Vital statistics of India. Vol. V, Reports of 1876 on armies & jails and on epidemic cholera
Year: 1876
Disease focus: Cholera
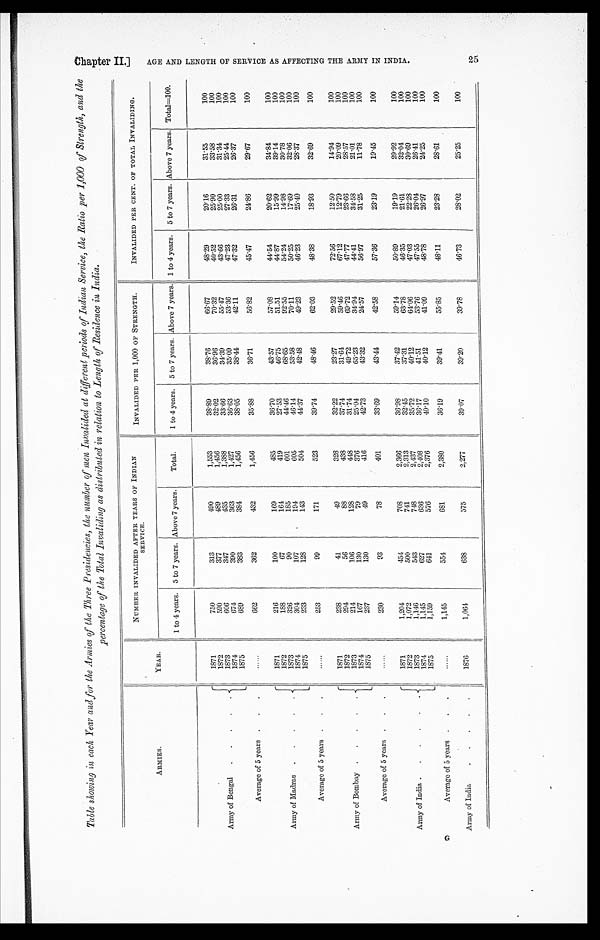
Table showing in each Year and for the Armies of the Three Presidencies, the number of men Invalided at different periods of Indian Service, the Ratio per 1,000 of Strength, and the
percentage of the Total Invaliding as distributed in relation to Length of Residence in India.
ARMIES.
YEAR.
NUMBER INVALIDED AFTER YEARS OF INDIAN
SERVICE.
INVALIDED PER 1,000 OF STRENGTH.
INVALIDED PER CENT. OF TOTAL INVALIDING.
1 to 4 years. 5 to 7 years. Above 7 years.
Total.
1 to 4 years. 5 to 7 years. Above 7 years. 1 to 4 years. 5 to 7 years. Above 7 years.
T o t a l = 1 0 0 .
Army of Bengal . . .
1871
750
313
490
1,553
38.89
38.76
66.67
48.29
20.16
31.55
100
1872
590
377
489
1,456
32.02
36.96
70.32
40.52
25.90
33.58
100
1873
606
347
435
1,388
33.66
34.39
55.47
43.66
25.00
31.34
100
1874
674
3 9 0
363
1,427
36.63
35.09
53.36
47.23
27.33
25.44
100
1875
689
383
384
1,456
38.05
38.44
42.11
47.32
26.31
26.37
100
Average of 5 years . . .
. . .
662
362
432
1,456
35.88
36.71
56.82
45.47
24.86
29.67
100
Army of Madras . . .
1871
216
100
169
485
36.70
43.57
57.08
44.54
20.62
34.84
100
1872
188
67
164
419
27.53
46.75
51.51
44.87
15.99
39.14
100
1873
326
90
185
601
44.46
68.65
92.55
54.24
14.98
30.78
100
1874
304
107
194
605
46.14
53.58
70.11
50.25
17.69
32.06
100
1875
233
128
1 4 3
504
44.37
42.48
49.23
46.23
25.40
28.37
100
Average of 5 years . . .
. . .
253
99
171
523
39.74
48.46
62.03
48.38
18.93
32.69
100
Army of Bombay . . .
1871
238
41
49
328
32.22
23.27
29.52
72.56
12.50
14.94
100
1872
294
56
88
438
37.74
31.64
59.46
67.12
12.79
20.09
100
1873
214
106
128
448
31.74
49.72
69.72
47.77
23.66
28.57
100
1874
167
130
79
376
25.04
65.23
34.94
44.41
34.58
21.01
100
1875
237
130
49
416
42.73
43.32
24.57
56.97
31.25
11.78
100
Average of 5 years . . .
. . .
230
93
78
401
33.69
43.44
42.58
57.36
23.19
19.45
100
Army of India . . .
1871
1,204
454
708
2,366
36.98
37.42
59.14
50.89
19.19
29.92
100
1872
1,072
500
741
2,313
32.45
37.31
63.78
46.35
21.61
32.04
100
1873
1,146
543
748
2,437
35.72
40.12
64.06
47.03
22.28
30.69
100
1874
1,145
627
636
2,408
36.17
41.51
53.76
47.55
26.04
26.41
100
1875
1,159
641
576
2,376
40.10
40.12
41.09
48.78
26.97
24.25
100
Average of 5 years . . .
. . .
1,145
554
681
2,380
36.19
39.41
55.85
48.11
23.28
28.61
100
Army of India . . .
1876
1 , 0 6 4
638
575
2,277
39.07
39.20
39.78
46.73
28.02
25.25
100
A G E A N D L E N G T H O F S E R V I C E A S A F F E C T I N G T H E A R M Y I N I N D I A .